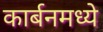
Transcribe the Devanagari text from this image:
कार्बनमध्ये